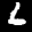
Label: 6